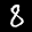
Label: 8